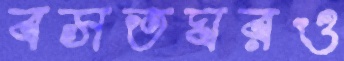
বসতঘরও